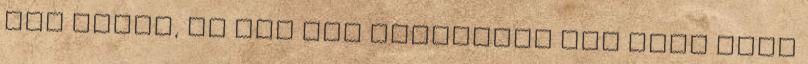
nem értek, de van egy ismerősöm aki chéf volt